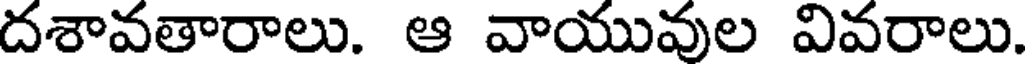
దశావతారాలు. ఆ వాయువుల వివరాలు.